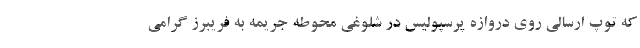
که توپ ارسالی روی دروازه پرسپولیس در شلوغی محوطه جریمه به فریبرز گرامی